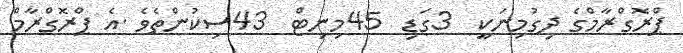
ޕްރޮގްރާމްގެ ދިގުމިނަކީ  3ގަޑި  45މިނިޓް  43ސިކުންތެވެ .އެ ޕްރޮގްރާމް